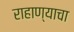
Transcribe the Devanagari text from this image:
राहाण्याचा